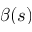
\beta ( s )